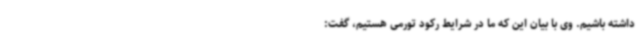
داشته باشیم. وی با بیان این که ما در شرایط رکود تورمی هستیم، گفت: